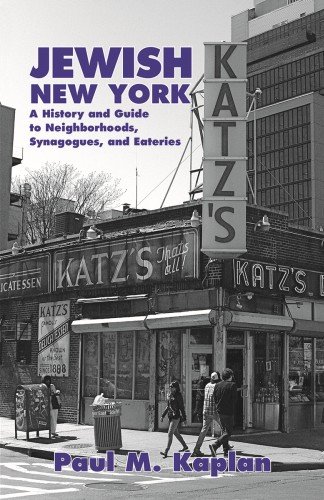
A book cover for Jewish New York: A History and Guide to Neighborhoods, Synagogues, and Eateries; Paul Kaplan; Travel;